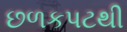
છળકપટથી